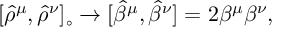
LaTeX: [ { \hat { \rho } } ^ { \mu } , { \hat { \rho } } ^ { \nu } ] _ { \circ } \rightarrow [ { \hat { \beta } } ^ { \mu } , { \hat { \beta } } ^ { \nu } ] = 2 \beta ^ { \mu } \beta ^ { \nu } ,